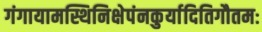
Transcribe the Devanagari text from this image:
गंगायामस्थिनिक्षेपंनकुर्यादितिगौतमः